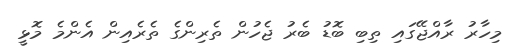
މިހާރު ރާއްޖޭގައި ތިބި ބޮޑު ބެރު ޖެހުން ތެރިންގެ ތެރެއިން އެންމެ މޮޅީ